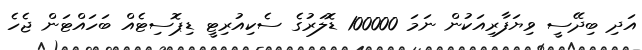
އަދި ބިދޭސީ ވިޔަފާރިއަކުން ނަމަ 100000 ޑޮލަރުގެ ސެކިއުރިޓީ ޑިޕޮސިޓެއް ބަހައްޓަން ޖެހެ